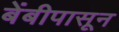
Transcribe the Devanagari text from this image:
बेंबीपासून